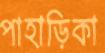
পাহাড়িকা